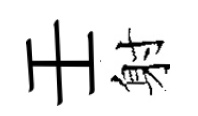
壬射